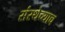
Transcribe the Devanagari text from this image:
संस्थेच्याच